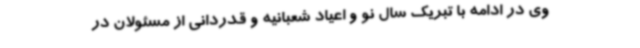
وی در ادامه با تبریک سال نو و اعیاد شعبانیه و قدردانی از مسئولان در